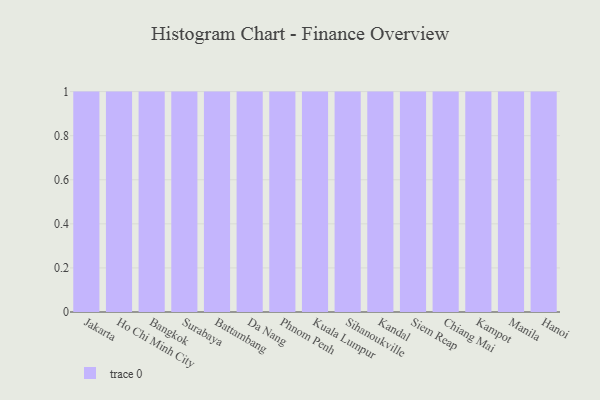
{"axis": {"x": "City", "y": "Market Share (%)"}, "legend": [""], "data": [{"x": "Jakarta", "y": 5, "type": ""}, {"x": "Ho Chi Minh City", "y": 95, "type": ""}, {"x": "Bangkok", "y": 48, "type": ""}, {"x": "Surabaya", "y": 20, "type": ""}, {"x": "Battambang", "y": 95, "type": ""}, {"x": "Da Nang", "y": 87, "type": ""}, {"x": "Phnom Penh", "y": 34, "type": ""}, {"x": "Kuala Lumpur", "y": 48, "type": ""}, {"x": "Sihanoukville", "y": 56, "type": ""}, {"x": "Kandal", "y": 39, "type": ""}, {"x": "Siem Reap", "y": 69, "type": ""}, {"x": "Chiang Mai", "y": 76, "type": ""}, {"x": "Kampot", "y": 5, "type": ""}, {"x": "Manila", "y": 83, "type": ""}, {"x": "Hanoi", "y": 91, "type": ""}]}